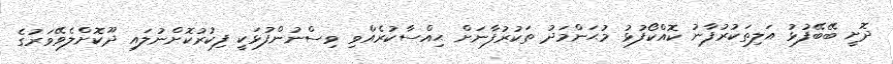
ދޮށީ ބޭބޭފުޅު އަލިތަކުރުފާނު ކޮއްކޯފުޅު މުޙަންމަދު ތަކުރުފާނަށް ޙިއްސާކުރެއްވި ވިސްނުންފުޅަކީ ފިކުރުކޮށްނުލައި ދޫކޮށްލެވޭވަރުގެ